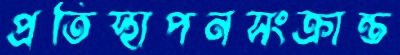
প্রতিস্থাপনসংক্রান্ত